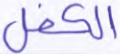
الكفل